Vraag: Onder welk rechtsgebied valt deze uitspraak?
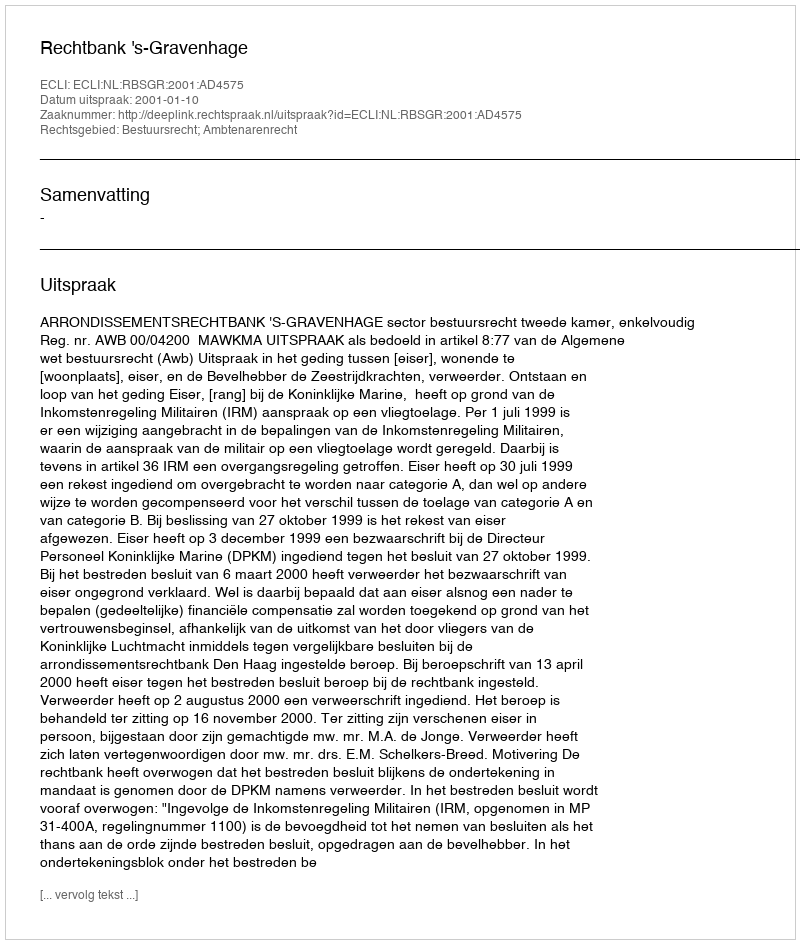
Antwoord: Bestuursrecht; Ambtenarenrecht